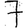
Digit: 7